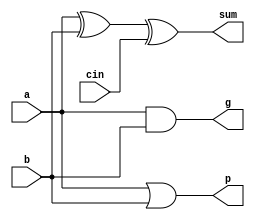
module ablock(
    input a, b, cin,
    output sum, p, g
    );
    
    assign sum = a ^ b ^ cin;
    assign p = a | b;
    assign g = a & b;
    
endmodule